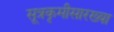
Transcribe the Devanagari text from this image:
सूत्रकृमीसारख्या